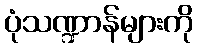
ပုံသဏ္ဍာန်များကို